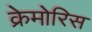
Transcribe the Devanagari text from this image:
क्रेमोरिस